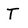
Character: T